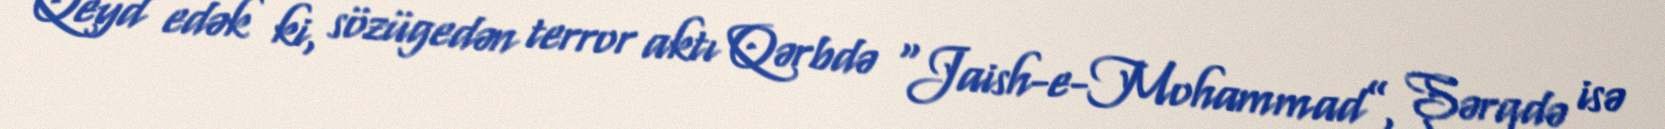
Qeyd edək ki, sözügedən terror aktı Qərbdə “Jaish-e-Mohammad”, Şərqdə isə